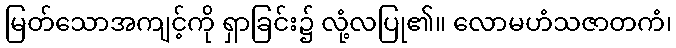
မြတ်သောအကျင့်ကို ရှာခြင်း၌ လုံ့လပြု၏။ လောမဟံသဇာတကံ၊